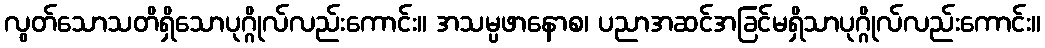
လွတ်သောသတိရှိသောပုဂ္ဂိုလ်လည်းကောင်း။ အသမ္ပဖာနောစ၊ ပညာအဆင်အခြင်မရှိသာပုဂ္ဂိုလ်လည်းကောင်း။